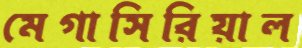
মেগাসিরিয়াল